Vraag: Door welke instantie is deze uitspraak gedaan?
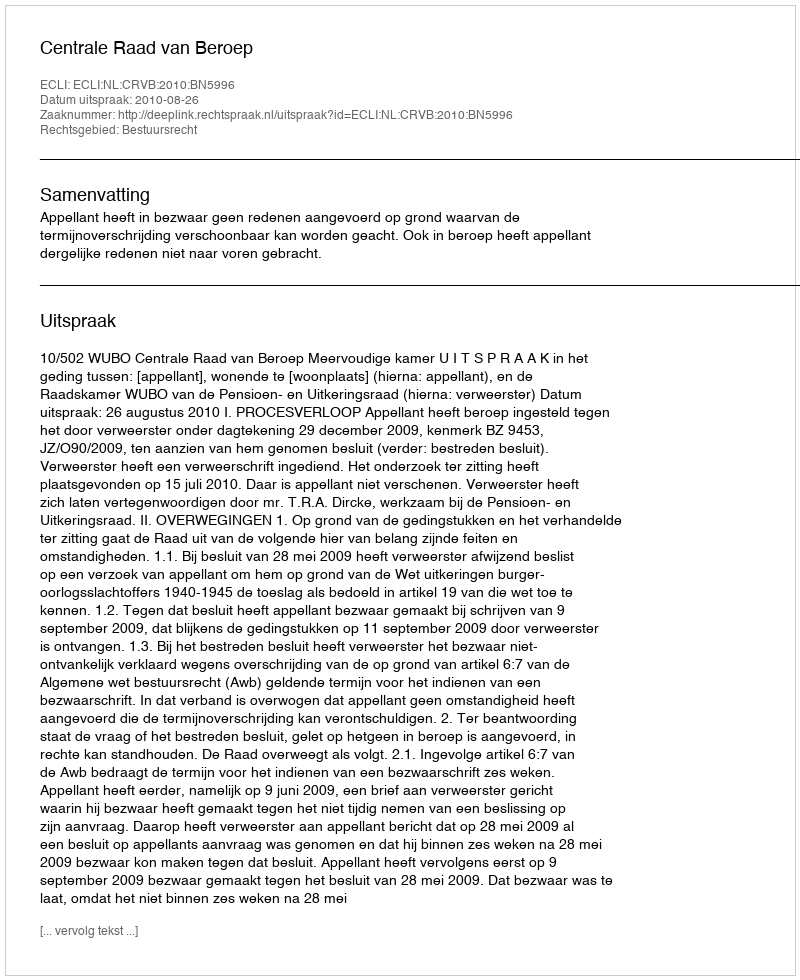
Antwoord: Centrale Raad van Beroep